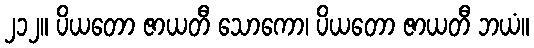
၂၁၂။ ပိယတော ဇာယတီ သောကော၊ ပိယတော ဇာယတီ ဘယံ။